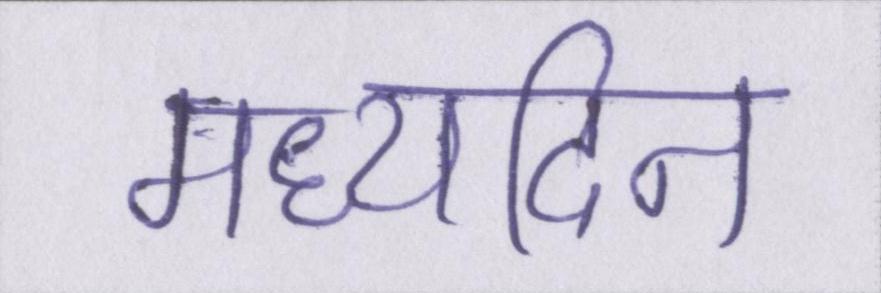
मध्यदिन